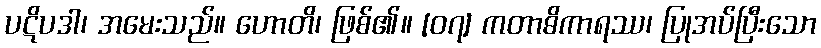
ပဋိပဒါ၊ အမေးသည်။ ဟောတိ၊ ဖြစ်၏။ [၀၇] ကတာဓိကာရဿ၊ ပြုအပ်ပြီးသော